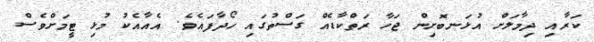
ކަރާއި ދިމާލަށް އުޅަނބޮށިން ޖަހާ ރަތްކާޑެއް ގަސްތުގައި ހޯދާފައެވެ. އެއާއެކު މުޅި ޓީމަށްވެސް